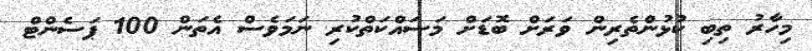
މިހާރު ތިބި ކުޅުންތެރިން ވަރަށް ބޮޑަށް މަސައްކަތްކުރި ނަމަވެސް އެތަން 100 ޕަސެންޓް